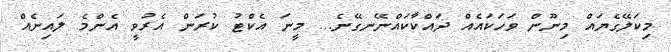
މިކަލޭގެޔައް މިނޫން ވަހަކައެއް ދައްކާކައްނޭނގޭނެ... މީނަ އެކްޓު ކުރަން އެރުވީ އެންމެ ލައިނެއް